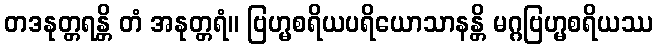
တဒနုတ္တရန္တိ တံ အနုတ္တရံ။ ဗြဟ္မစရိယပရိယောသာနန္တိ မဂ္ဂဗြဟ္မစရိယဿ